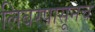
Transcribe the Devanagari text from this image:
लिबरपासूनच